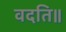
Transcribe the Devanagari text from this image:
वदति॥